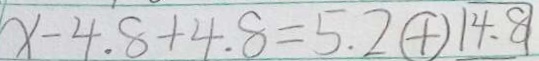
x - 4 . 8 + 4 . 8 = 5 . 2 \textcircled { + } \boxed { 4 . 8 }